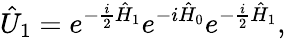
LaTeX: \hat{U}_{1}=e^{-\frac{i}{2}\hat{H}_{1}}e^{-i\hat{H}_{0}}e^{-\frac{i}{2}\hat{H}_{1}},